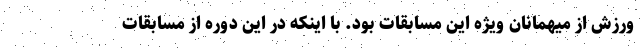
ورزش از میهمانان ویژه این مسابقات بود. با اینکه در این دوره از مسابقات